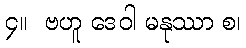
၄။  ဗဟူ ဒေဝါ မနုဿာ စ၊